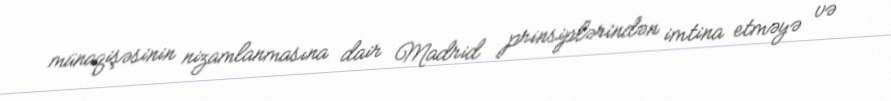
münaqişəsinin nizamlanmasına dair Madrid prinsiplərindən imtina etməyə və